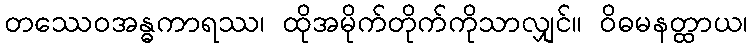
တဿေဝအန္ဓကာရဿ၊ ထိုအမိုက်တိုက်ကိုသာလျှင်။ ဝိဓမနတ္ထာယ၊